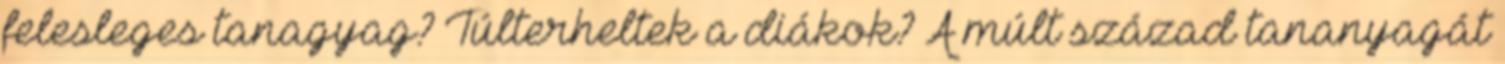
felesleges tanagyag? Túlterheltek a diákok? A múlt század tananyagát